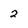
Character: 2